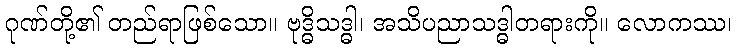
ဂုဏ်တို့၏ တည်ရာဖြစ်သော။ ဗုဒ္ဓိသဒ္ဓါ၊ အသိပညာသဒ္ဓါတရားကို။ လောကဿ၊